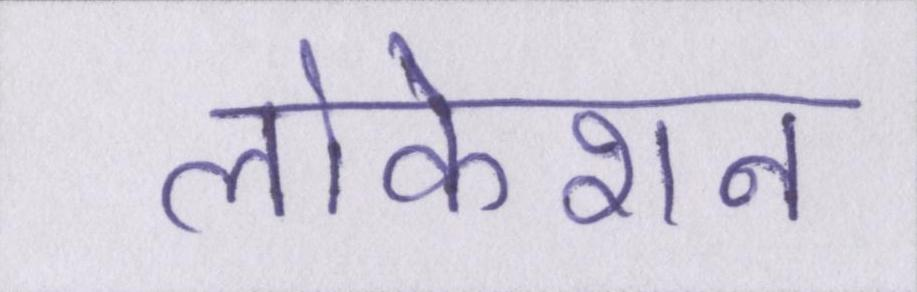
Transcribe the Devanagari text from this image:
लोकेशन